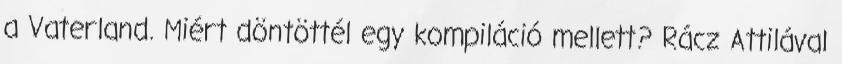
a Vaterland. Miért döntöttél egy kompiláció mellett? Rácz Attilával